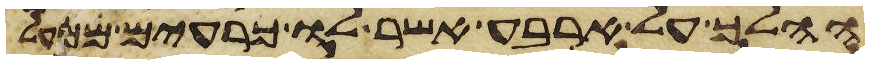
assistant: ההלך על ארבע אשר לו כרעים ממעל